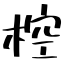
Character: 椌